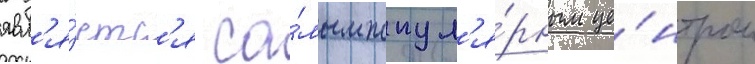
явл'я́етс'я са́мым попул'я́рным це́нтром